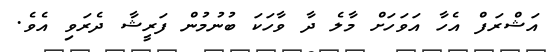
އަޝްރަފް އެހާ އަވަހަށް މާލެ ދާ ވާހަކަ ބުނުމުން ފަރީޝާ ދެރަވި އެވެ.